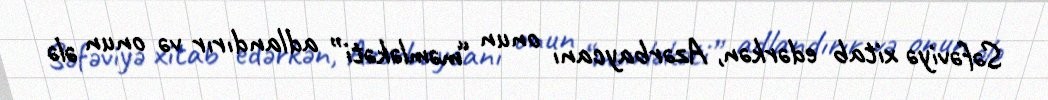
Səfəviyə xitab edərkən, Azərbaycanı onun “məmləkəti” adlandırır və onun ələ